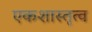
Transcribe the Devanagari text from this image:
एकशास्तृत्व